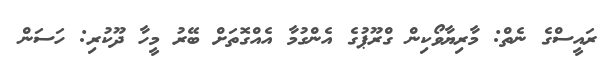
ރައީސްގެ ނެތް: މާރިޔާވޯކިން ގްރޫޕުގެ އެންގުމާ އެއްގޮތަށް ބޭރު މީހާ ދޫކުރި: ހަސަން